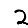
Digit: 2